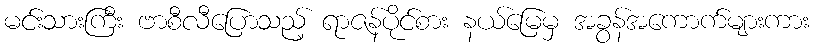
မင်းသားကြီး ဗာစီလီပြောသည့် ရာဇန်ပိုင်စား နယ်မြေမှ အခွန်အကောက်များကား